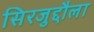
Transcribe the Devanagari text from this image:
सिरजुद्दौला